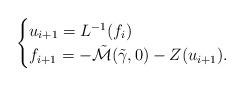
LaTeX: \begin{align*}\begin{cases}u_{i+1}=L^{-1}(f_i) \\f_{i+1}=-\tilde{\mathcal{M}}(\tilde{\gamma},0)-Z(u_{i+1}).\end{cases}\end{align*}